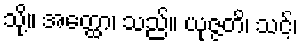
သို့။ အတ္ထော၊ သည်။ ယုဇ္ဇတိ၊ သင့်၊